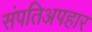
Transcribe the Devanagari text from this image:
संपतिअपहार